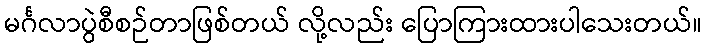
မင်္ဂလာပွဲစီစဉ်တာဖြစ်တယ် လို့လည်း ပြောကြားထားပါသေးတယ်။